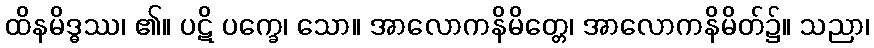
ထိနမိဒ္ဓဿ၊ ၏။ ပဋိ ပက္ခေ၊ သော။ အာလောကနိမိတ္တေ၊ အာလောကနိမိတ်၌။ သညာ၊